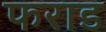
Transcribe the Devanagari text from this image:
फराड